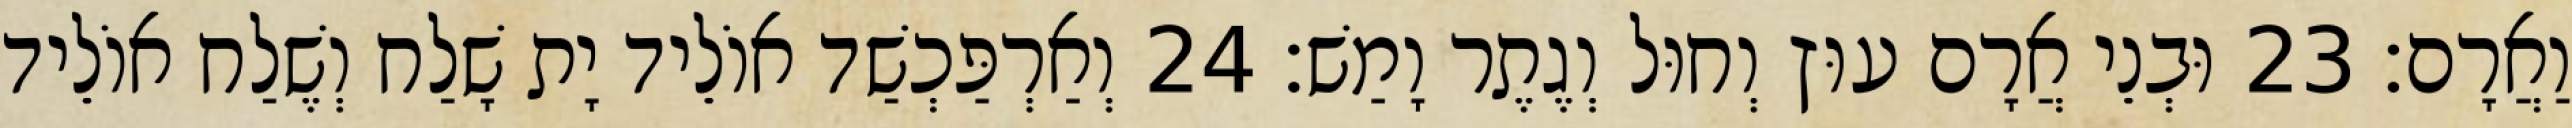
וַאֲרָם׃ 23 וּבְנֵי אֲרָם עוּץ וְחוּל וְגֶתֶר וָמַשׁ׃ 24 וְאַרְפַּכְשַׁד אוֹלֵיד יָת שָׁלַח וְשֶׁלַח אוֹלֵיד